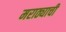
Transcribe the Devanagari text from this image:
मराठ्याची